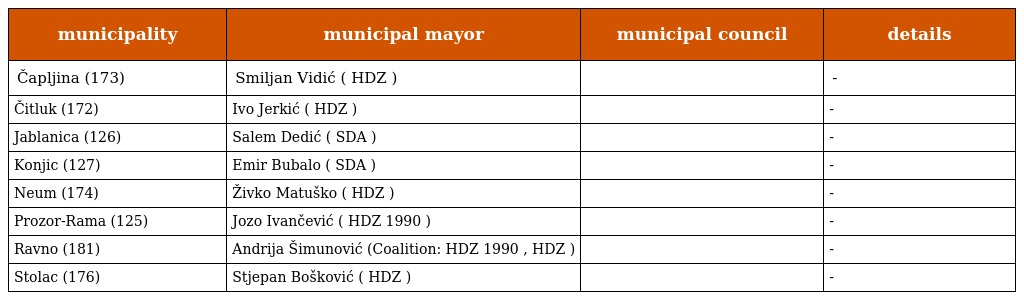
| municipality | municipal mayor | municipal council | details |
 | --- | --- | --- | --- |
 | Čapljina (173) | Smiljan Vidić ( HDZ ) |  | - |
 | Čitluk (172) | Ivo Jerkić ( HDZ ) |  | - |
 | Jablanica (126) | Salem Dedić ( SDA ) |  | - |
 | Konjic (127) | Emir Bubalo ( SDA ) |  | - |
 | Neum (174) | Živko Matuško ( HDZ ) |  | - |
 | Prozor-Rama (125) | Jozo Ivančević ( HDZ 1990 ) |  | - |
 | Ravno (181) | Andrija Šimunović (Coalition: HDZ 1990 , HDZ ) |  | - |
 | Stolac (176) | Stjepan Bošković ( HDZ ) |  | - |